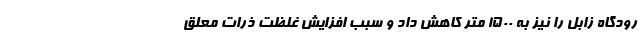
رودگاه زابل را نیز به 1500 متر کاهش داد و سبب افزایش غلظت ذرات معلق